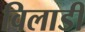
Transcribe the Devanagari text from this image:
विलाडी